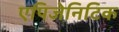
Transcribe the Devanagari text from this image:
एपिजेनिटिक